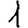
Digit: 1